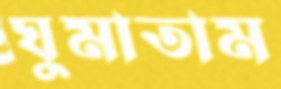
ঘুমাতাম